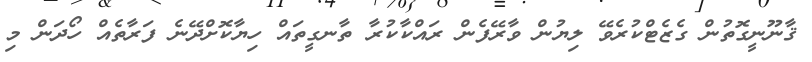
ޤާނޫނީގޮތުން ގެޒެޓްކުރެވޭ ލިޔުން ވާރޭފެން ރައްކާކުރާ ތާނގީތައް ހިޔާކޮށްދޭނެ ފަރާތެއް ހޯދަން މި